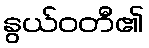
နွယ်ဝတီ၏